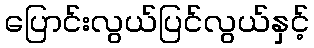
ပြောင်းလွယ်ပြင်လွယ်နှင့်